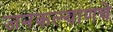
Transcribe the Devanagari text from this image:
जनकल्याणचे